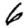
Digit: 6